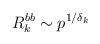
\begin{align*}R_k^{bb}\sim p^{1/\delta_k}\end{align*}